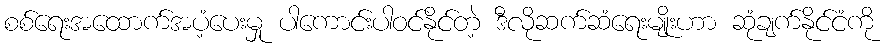
စစ်ရေးအထောက်အပံ့ပေးမှု ပါကောင်းပါဝင်နိုင်တဲ့ ဒီလိုဆက်ဆံရေးမျိုးဟာ ဆုံချက်နိုင်ငံကို